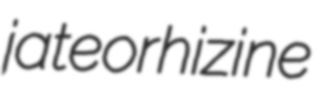
jateorhizine